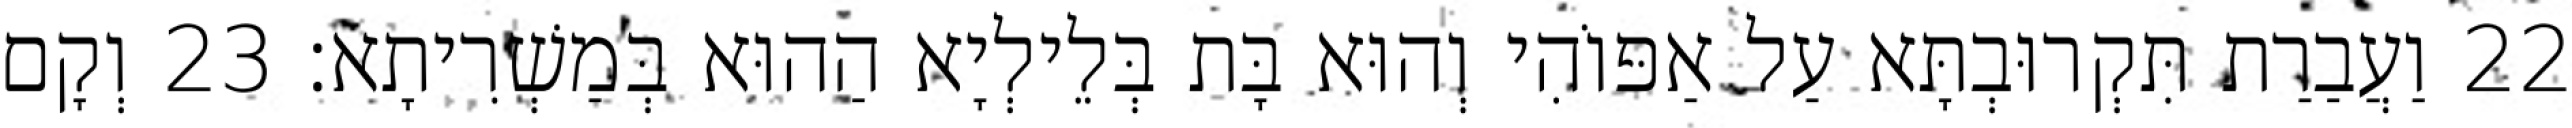
22 וַעֲבַרַת תִּקְרוּבְתָּא עַל אַפּוֹהִי וְהוּא בָּת בְּלֵילְיָא הַהוּא בְּמַשְׁרִיתָא׃ 23 וְקָם